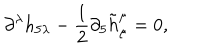
\partial ^ { \lambda } h _ { 5 \lambda } - \frac { 1 } { 2 } \partial _ { 5 } \tilde { h } _ { \mu } ^ { \mu } = 0 ,